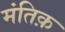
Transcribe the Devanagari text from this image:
मंतिक़